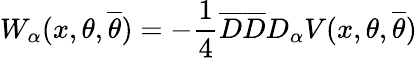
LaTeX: W_{\alpha}(x,\theta,{\overline{{\theta}}})=-\frac{1}{4}{\overline{{D}}}{\overline{{D}}}D_{\alpha}V(x,\theta,{\overline{{\theta}}})